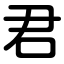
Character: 君